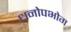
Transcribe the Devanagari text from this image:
धनोपभोग